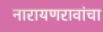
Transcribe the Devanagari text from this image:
नारायणरावांचा